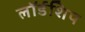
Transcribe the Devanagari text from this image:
लॉर्डशिप